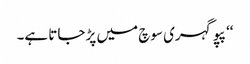
‘‘ پپو گہری سوچ میں پڑ جاتا ہے۔